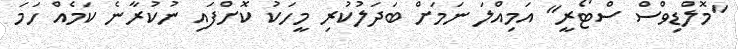
"މޮލްޑިވްސް ސްޓޯރީ" އަމިއްލަ ނަމަށް ބަދަލުކުރި މީހަކު ކޮށްފައި ނުކުރާނެ ކަމެއް ހަމަ